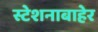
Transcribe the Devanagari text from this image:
स्टेशनाबाहेर